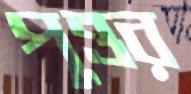
পুত্তর